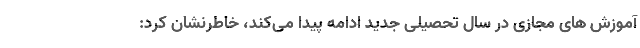
آموزش های مجازی در سال تحصیلی جدید ادامه پیدا می‌کند، خاطرنشان کرد: